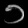
Digit: ၁